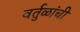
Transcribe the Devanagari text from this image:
वर्तुळांची